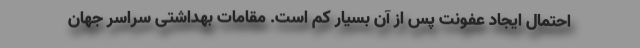
احتمال ایجاد عفونت پس از آن بسیار کم است. مقامات بهداشتی سراسر جهان